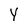
Character: Y